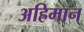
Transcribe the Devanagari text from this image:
अह्रिमान्